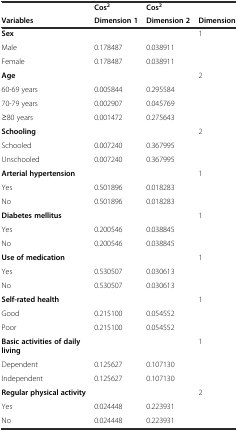
<table><thead><tr><td></td><td><b>Cos<sup>2</sup></b></td><td><b>Cos<sup>2</sup></b></td><td></td></tr><tr><td><b>Variables</b></td><td><b>Dimension 1</b></td><td><b>Dimension 2</b></td><td><b>Dimension</b></td></tr></thead><tbody><tr><td><b>Sex</b></td><td></td><td></td><td>1</td></tr><tr><td>Male</td><td>0.178487</td><td>0.038911</td><td></td></tr><tr><td>Female</td><td>0.178487</td><td>0.038911</td><td></td></tr><tr><td><b>Age</b></td><td></td><td></td><td>2</td></tr><tr><td>60-69 years</td><td>0.005844</td><td>0.295584</td><td></td></tr><tr><td>70-79 years</td><td>0.002907</td><td>0.045769</td><td></td></tr><tr><td>≥80 years</td><td>0.001472</td><td>0.275643</td><td></td></tr><tr><td><b>Schooling</b></td><td></td><td></td><td>2</td></tr><tr><td>Schooled</td><td>0.007240</td><td>0.367995</td><td></td></tr><tr><td>Unschooled</td><td>0.007240</td><td>0.367995</td><td></td></tr><tr><td><b>Arterial hypertension</b></td><td></td><td></td><td>1</td></tr><tr><td>Yes</td><td>0.501896</td><td>0.018283</td><td></td></tr><tr><td>No</td><td>0.501896</td><td>0.018283</td><td></td></tr><tr><td><b>Diabetes mellitus</b></td><td></td><td></td><td>1</td></tr><tr><td>Yes</td><td>0.200546</td><td>0.038845</td><td></td></tr><tr><td>No</td><td>0.200546</td><td>0.038845</td><td></td></tr><tr><td><b>Use of medication</b></td><td></td><td></td><td>1</td></tr><tr><td>Yes</td><td>0.530507</td><td>0.030613</td><td></td></tr><tr><td>No</td><td>0.530507</td><td>0.030613</td><td></td></tr><tr><td><b>Self-rated health</b></td><td></td><td></td><td>1</td></tr><tr><td>Good</td><td>0.215100</td><td>0.054552</td><td></td></tr><tr><td>Poor</td><td>0.215100</td><td>0.054552</td><td></td></tr><tr><td><b>Basic activities of daily living</b></td><td></td><td></td><td>1</td></tr><tr><td>Dependent</td><td>0.125627</td><td>0.107130</td><td></td></tr><tr><td>Independent</td><td>0.125627</td><td>0.107130</td><td></td></tr><tr><td><b>Regular physical activity</b></td><td></td><td></td><td>2</td></tr><tr><td>Yes</td><td>0.024448</td><td>0.223931</td><td></td></tr><tr><td>No</td><td>0.024448</td><td>0.223931</td><td></td></tr></tbody></table>